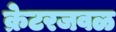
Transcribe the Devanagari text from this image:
क्रेटरजवळ